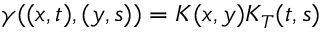
\gamma ( ( x , t ) , ( y , s ) ) = K ( x , y ) K _ { T } ( t , s )